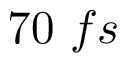
7 0 ~ f s